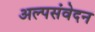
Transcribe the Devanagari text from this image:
अल्पसंवेदन